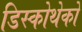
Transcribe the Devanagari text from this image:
डिस्कोथेकों